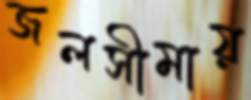
জলসীমায়